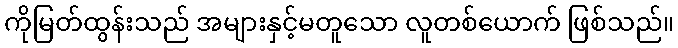
ကိုမြတ်ထွန်းသည် အများနှင့်မတူသော လူတစ်ယောက် ဖြစ်သည်။